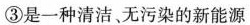
③是一种清洁、无污染的新能源